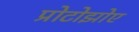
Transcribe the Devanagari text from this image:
प्रोटोझोए